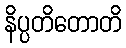
နိပ္ပတိတောတိ